Civil Veterinary Dept. North-West Frontier Province 1923-32 - 1923-1932
Year: 1923
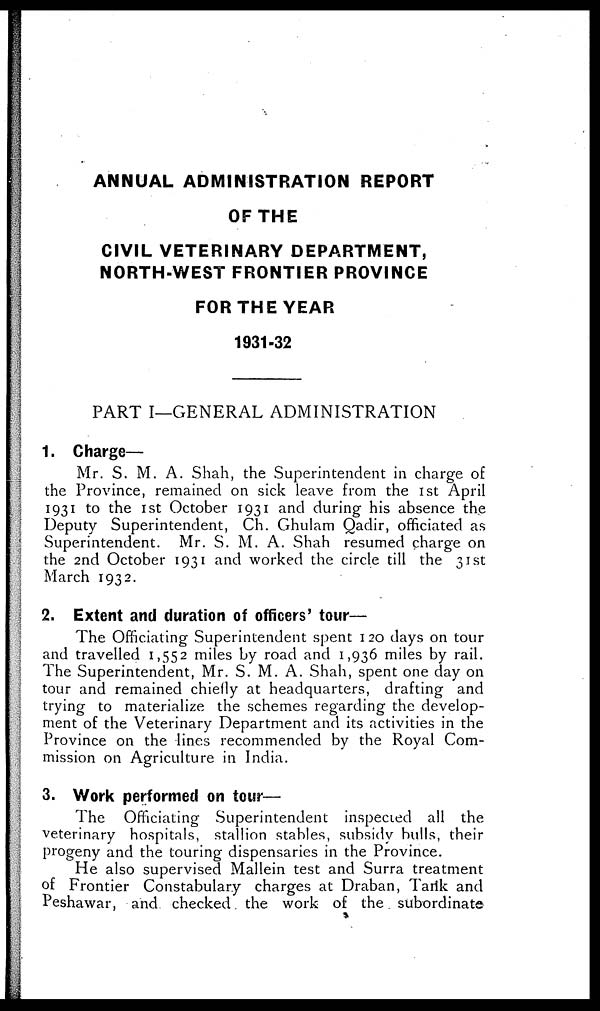
ANNUAL ADMINISTRATION REPORT
OF THE
CIVIL VETERINARY DEPARTMENT,
NORTH-WEST FRONTIER PROVINCE
FOR THE YEAR
1931-32
PART I—GENERAL ADMINISTRATION
1. Charge—
Mr. S. M. A. Shah, the Superintendent in charge of
the Province, remained on sick leave from the 1st April
1931 to the 1st October 1931 and during his absence the
Deputy Superintendent, Ch. Ghulam Qadir, officiated as
Superintendent. Mr. S. M. A. Shah resumed charge on
the 2nd October 1931 and worked the circle till the 31st
March 1932.
2. Extent and duration of officers' tour—
The Officiating Superintendent spent 120 days on tour
and travelled 1,552 miles by road and 1,936 miles by rail.
The Superintendent, Mr. S. M. A. Shah, spent one day on
tour and remained chiefly at headquarters, drafting and
trying to materialize the schemes regarding the develop-
ment of the Veterinary Department and its activities in the
Province on the lines recommended by the Royal Com-
mission on Agriculture in India.
3. Work performed on tour—
The Officiating Superintendent inspected all the
veterinary hospitals, stallion stables, subsidy bulls, their
progeny and the touring dispensaries in the Province.
He also supervised Mallein test and Surra treatment
of Frontier Constabulary charges at Draban, Tarik and
Peshawar, and checked the work of the subordinate